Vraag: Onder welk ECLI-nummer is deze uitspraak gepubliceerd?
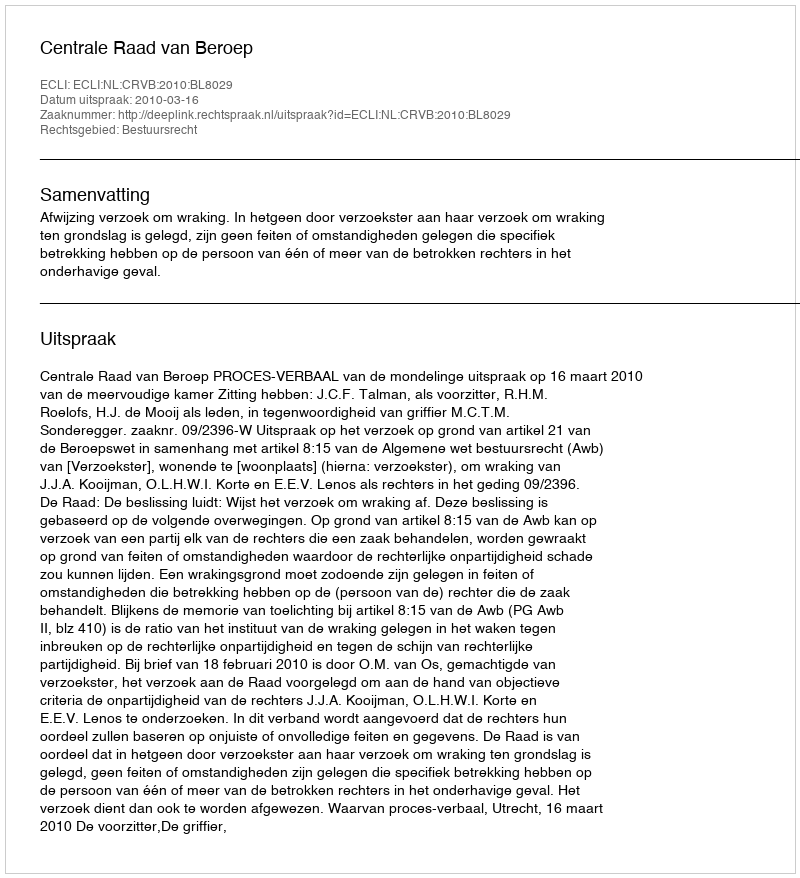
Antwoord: ECLI:NL:CRVB:2010:BL8029